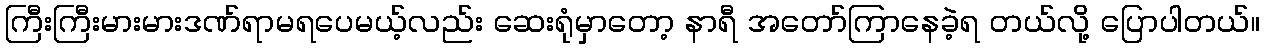
ကြီးကြီးမားမားဒဏ်ရာမရပေမယ့်လည်း ဆေးရုံမှာတော့ နာရီ အတော်ကြာနေခဲ့ရ တယ်လို့ ပြောပါတယ်။